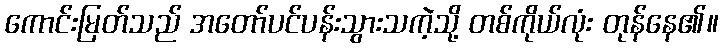
ကောင်းမြတ်သည် အတော်ပင်ပန်းသွားသကဲ့သို့ တစ်ကိုယ်လုံး တုန်နေ၏။